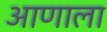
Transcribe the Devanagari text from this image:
आणाला